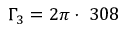
\Gamma _ { 3 } = 2 \pi \cdot ~ 3 0 8